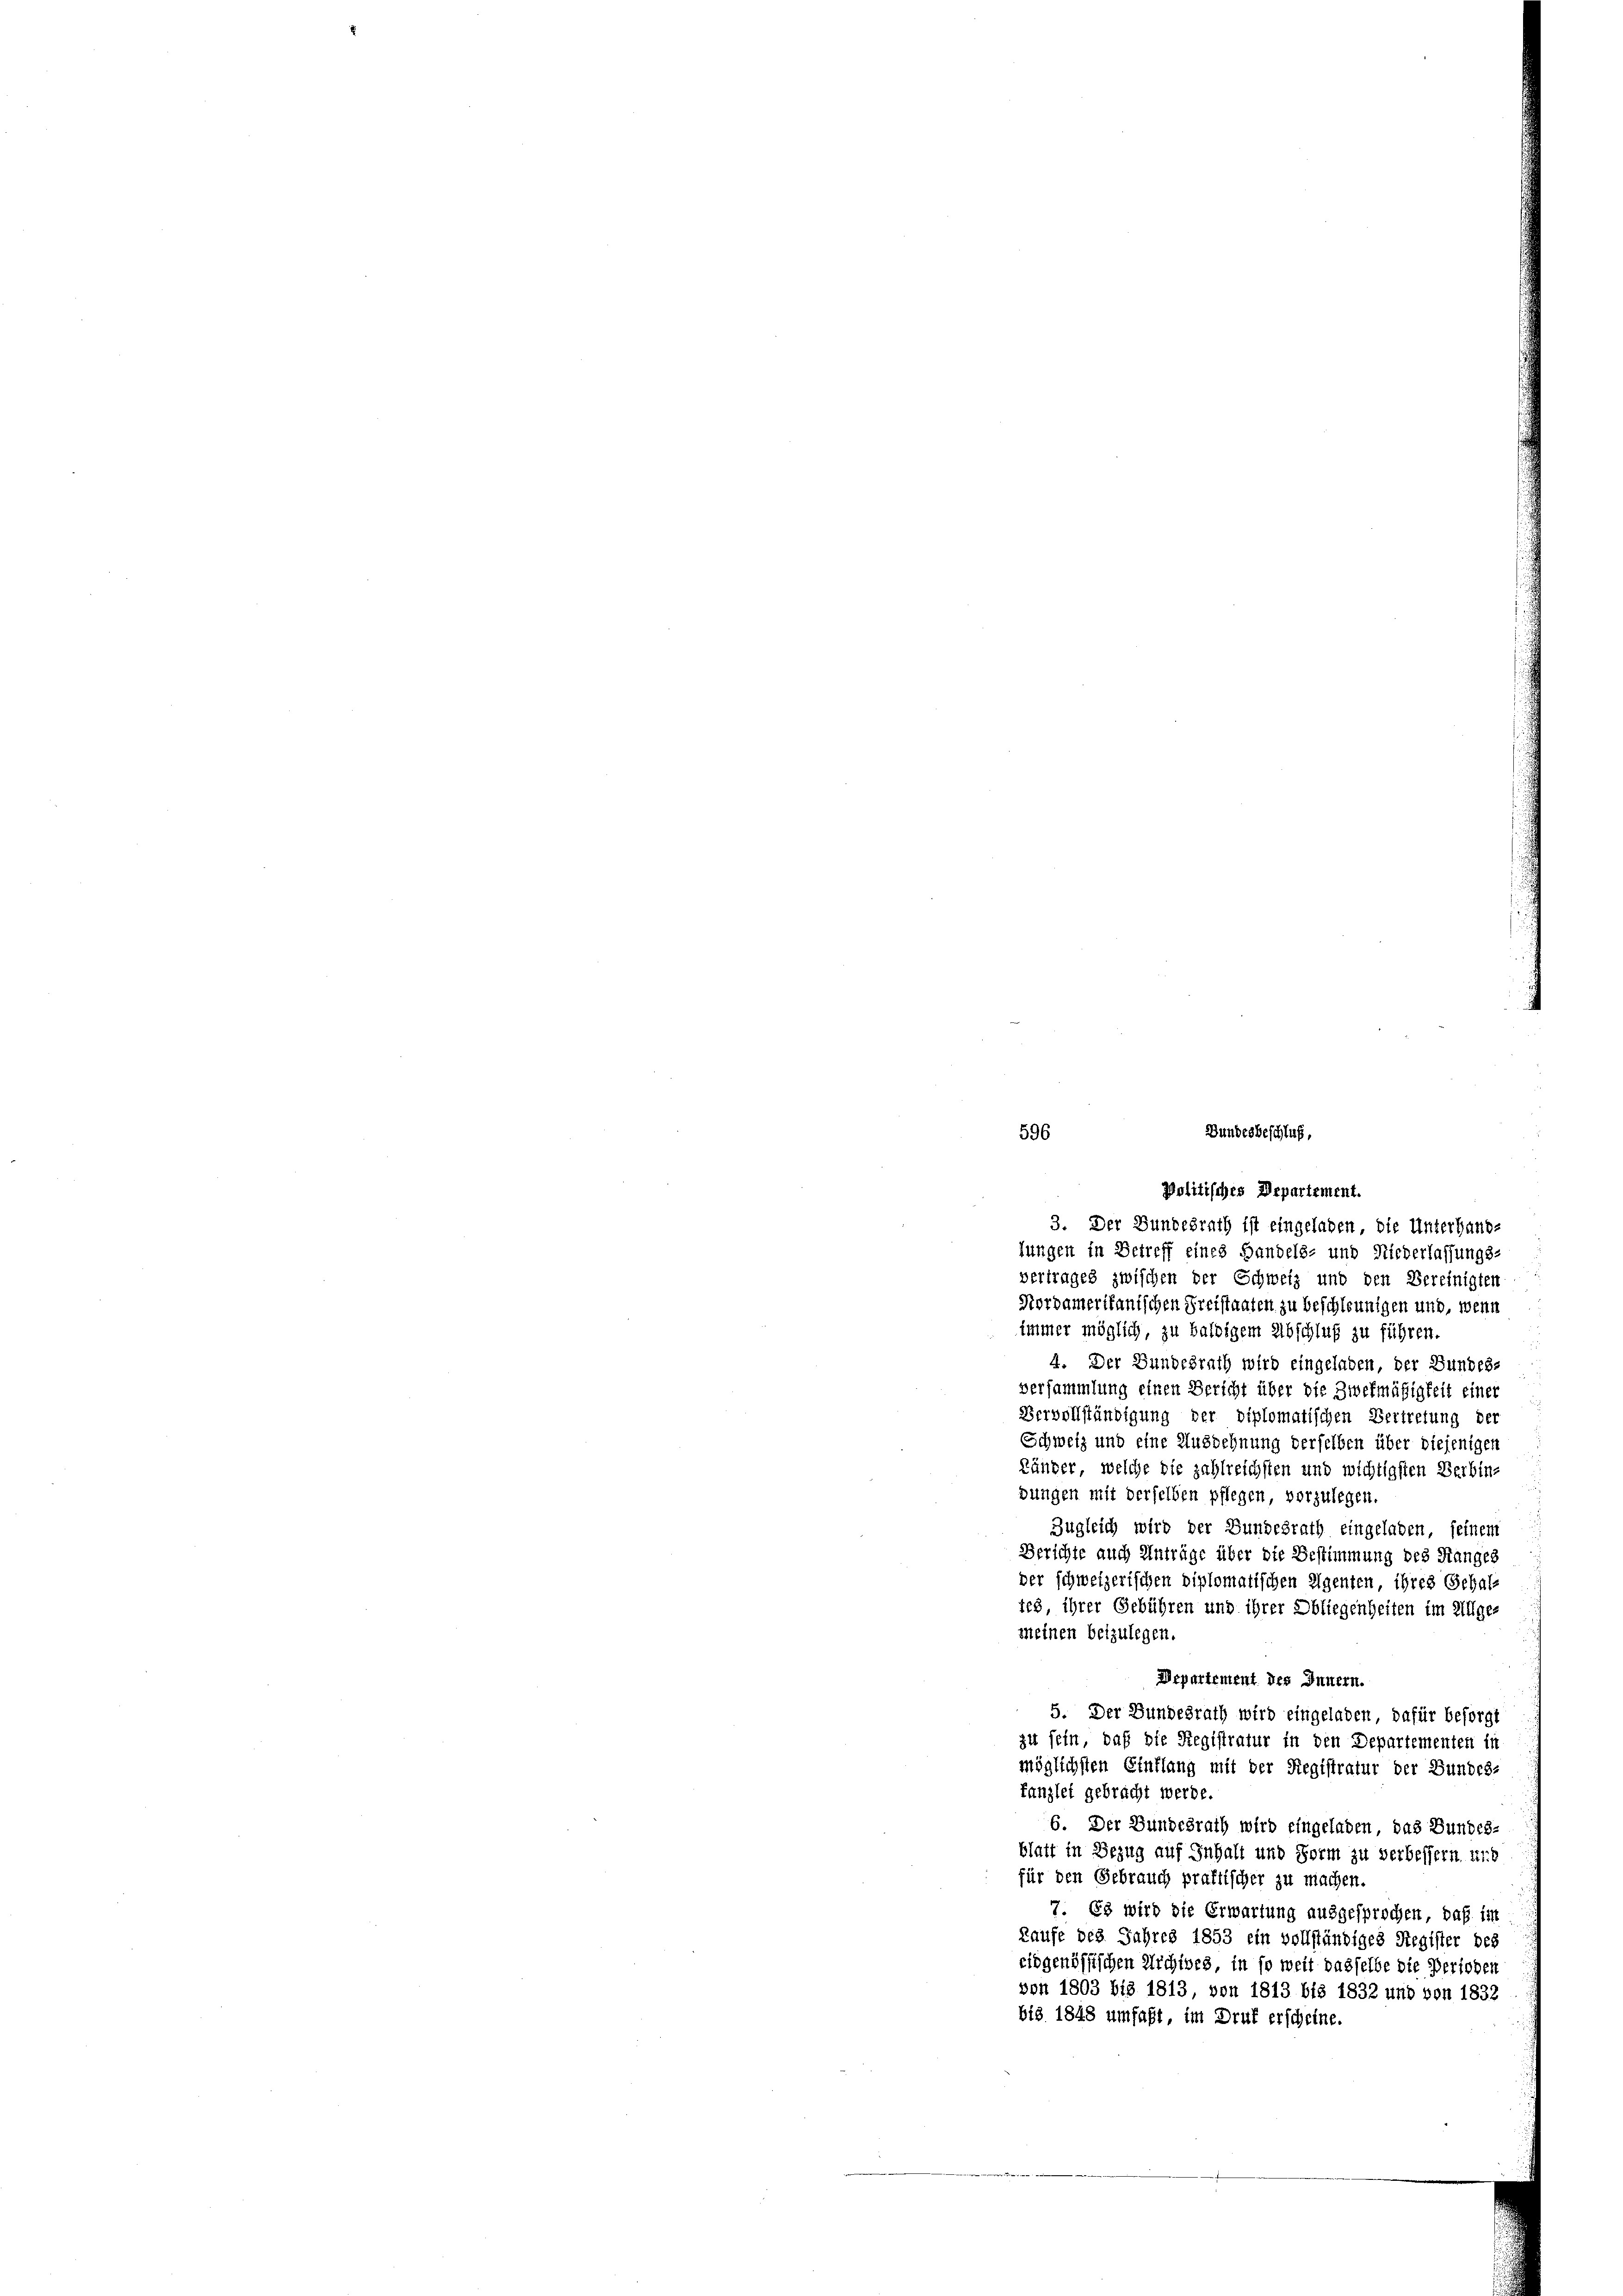
Bundesbeschluß,
596

Politisches Departement.
3. Der Bundesrath ist eingeladen, die Unterhaus-
lungen in Betreff eines Handels- und Niederlassungs-
vertrages zwischen der Schweiz und den Bereinigten
Nordamerikanischen Preistaaten zu beschleunigen und, wenn
immer möglich, zu baldigem Abschluß zu führen.
4. Der Bundesrath wird eingelaben, der Bundes-
versammlung einen Bericht über die Zwekmäßigkeit einer
Vervollständigung der diplomatischen Vertretung der
Schweiz und eine Ausdehnung derselben über diejeniger
Länger, welche die zahlreichsten und wichtigsten Verbin-
dungen mit derselben pflegen, vorzulegen.
Zugleich wird der Bundesrath eingeladen, seinem
Berschte auch Anträge über die Bestimmung des Rangeg
der schweizerischen Diplomatischen Eigenten ihres Schals
tes ihrer Gebühren und ihrer Obliegenheiten im Allge-
meinen beizulegen.
Departement des Innern.
5. Der Bundesrath wird eingeladen, dafür besorgt
zu sein, daß die Registratur in den Departementen in
möglichsten Einflang mit der Registratur der Bundes-
fanzlei gebracht werde.
6. Der Bundesrath wird eingeladen, das Bundes-
blatt in Bezug auf Inhalt und Form zu verbessern und
für den Gebrauch praktischer zu machen.
7. Es wird die Erwartung ausgesprochen, daß im
Kaufe des Jahres 1853 ein vollständiges Register des
eidgenössischen Archives, in so weit dasselbe die Perioden
von 1803 bis 1813 von 1813 bis 1832 und von 1832
bis 1848 umfaßt, im Druk erscheine.